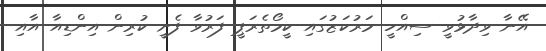
އޭނާ ވިދާޅުވީ ސިއްހީ މަރުކަޒުގައި ކީމޯތެރަޕީ ފަރުވާ ފެށީ ކުރިން އިންޑިއާ އާއި